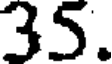
35.